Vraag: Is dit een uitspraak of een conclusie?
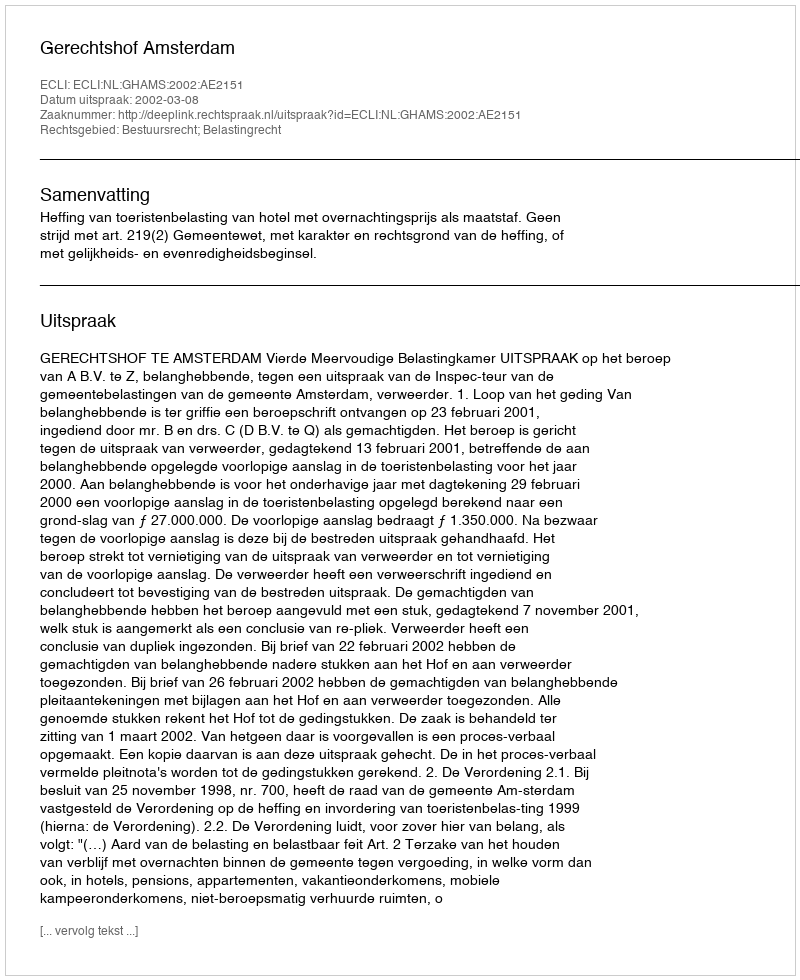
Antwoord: Uitspraak